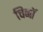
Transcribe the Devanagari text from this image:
चिनॉ